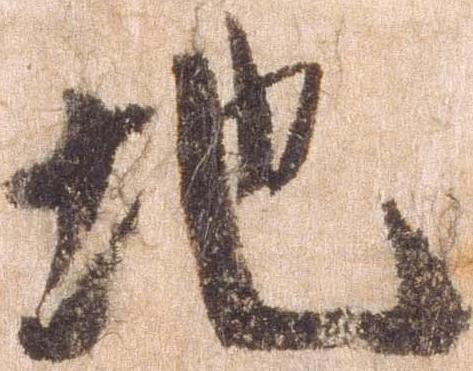
地